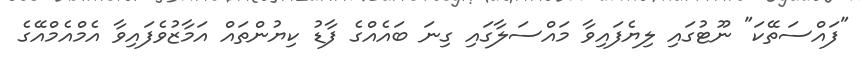
"ފައްސަތޭކަ" ނޫޓުގައި ލިޔެފައިވާ މައްސަލާގައި ގިނަ ބައެއްގެ ފާޑު ކިޔުންތައް އަމާޒުވެފައިވާ އެމްއެމްއޭގެ